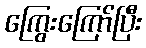
ကြွေးကြော်ပြီး